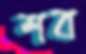
শব